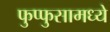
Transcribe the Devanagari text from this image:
फुप्फुसामध्ये